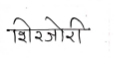
मजकूर: शिरजोरी